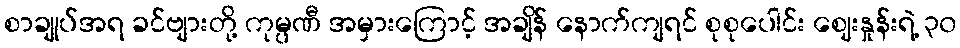
စာချုပ်အရ ခင်ဗျားတို့ ကုမ္ပဏီ အမှားကြောင့် အချိန် နောက်ကျရင် စုစုပေါင်း ဈေးနှုန်းရဲ့ ၃၀